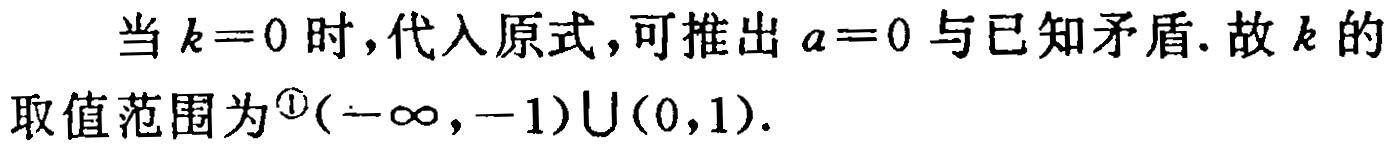
当 \(k = 0\) 时，代入原式，可推出 \(a = 0\) 与已知矛盾. 故 \(k\) 的取值范围为\(^{\textcircled{1}}(-\infty,-1)\cup(0,1)\).